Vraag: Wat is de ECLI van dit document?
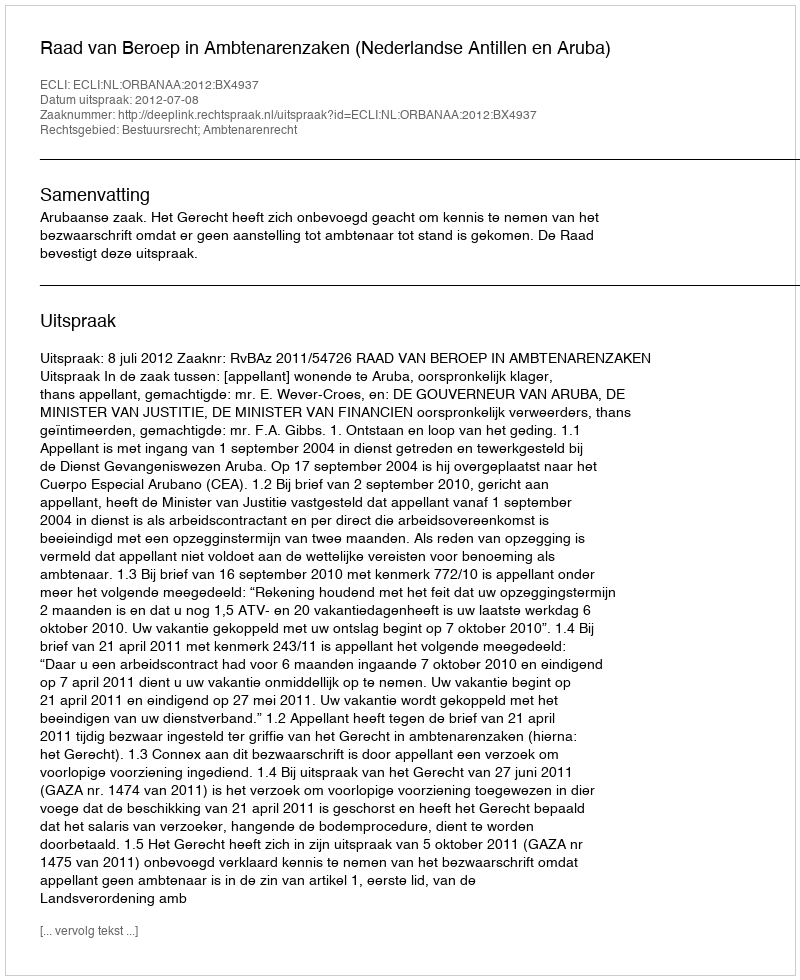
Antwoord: ECLI:NL:ORBANAA:2012:BX4937